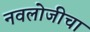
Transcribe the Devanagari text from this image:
नवलोजीचा